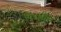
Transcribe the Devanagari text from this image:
पिडशील